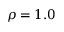
\rho = 1 . 0